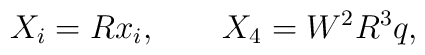
X_i = R x_i, \qquad X_4 = W^2 R^3 q,